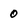
Character: 0